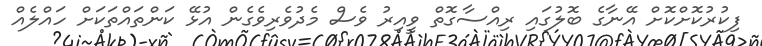
ފިކުރުކޮށްކޮށް އޭނާގެ ބޮލުގައި ރިއްސާގޮތް ވީއިރު ވެސް މެދުވެރިވެގެން އުޅޭ ކަންތައްތަކަށް ހައްލެއް